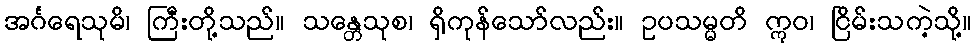
အင်္ဂရေသုမိ၊ ကြီးတို့သည်။ သန္တေသုစ၊ ရှိကုန်သော်လည်း။ ဥပသမ္မတိ ဣဝ၊ ငြိမ်းသကဲ့သို့။